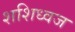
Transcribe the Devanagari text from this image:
शशिध्वज